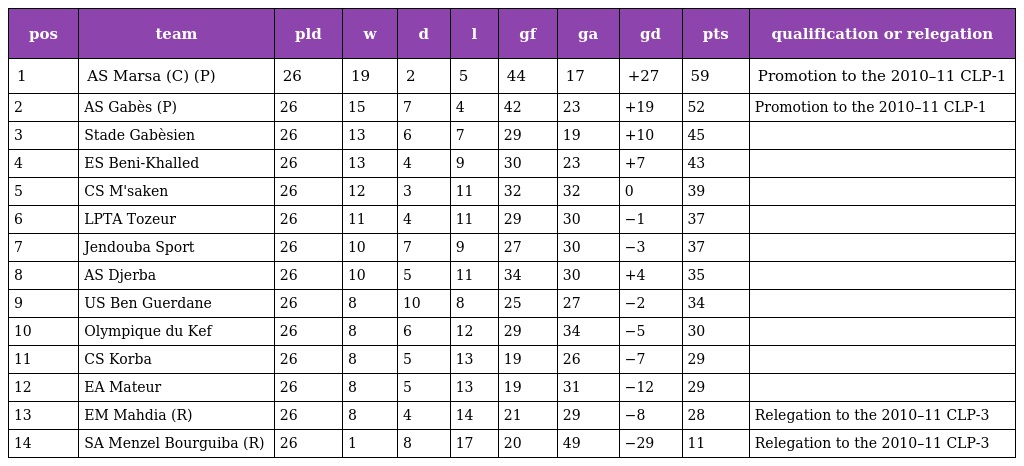
| pos | team | pld | w | d | l | gf | ga | gd | pts | qualification or relegation |
 | --- | --- | --- | --- | --- | --- | --- | --- | --- | --- | --- |
 | 1 | AS Marsa (C) (P) | 26 | 19 | 2 | 5 | 44 | 17 | +27 | 59 | Promotion to the 2010–11 CLP-1 |
 | 2 | AS Gabès (P) | 26 | 15 | 7 | 4 | 42 | 23 | +19 | 52 | Promotion to the 2010–11 CLP-1 |
 | 3 | Stade Gabèsien | 26 | 13 | 6 | 7 | 29 | 19 | +10 | 45 |  |
 | 4 | ES Beni-Khalled | 26 | 13 | 4 | 9 | 30 | 23 | +7 | 43 |  |
 | 5 | CS M'saken | 26 | 12 | 3 | 11 | 32 | 32 | 0 | 39 |  |
 | 6 | LPTA Tozeur | 26 | 11 | 4 | 11 | 29 | 30 | −1 | 37 |  |
 | 7 | Jendouba Sport | 26 | 10 | 7 | 9 | 27 | 30 | −3 | 37 |  |
 | 8 | AS Djerba | 26 | 10 | 5 | 11 | 34 | 30 | +4 | 35 |  |
 | 9 | US Ben Guerdane | 26 | 8 | 10 | 8 | 25 | 27 | −2 | 34 |  |
 | 10 | Olympique du Kef | 26 | 8 | 6 | 12 | 29 | 34 | −5 | 30 |  |
 | 11 | CS Korba | 26 | 8 | 5 | 13 | 19 | 26 | −7 | 29 |  |
 | 12 | EA Mateur | 26 | 8 | 5 | 13 | 19 | 31 | −12 | 29 |  |
 | 13 | EM Mahdia (R) | 26 | 8 | 4 | 14 | 21 | 29 | −8 | 28 | Relegation to the 2010–11 CLP-3 |
 | 14 | SA Menzel Bourguiba (R) | 26 | 1 | 8 | 17 | 20 | 49 | −29 | 11 | Relegation to the 2010–11 CLP-3 |